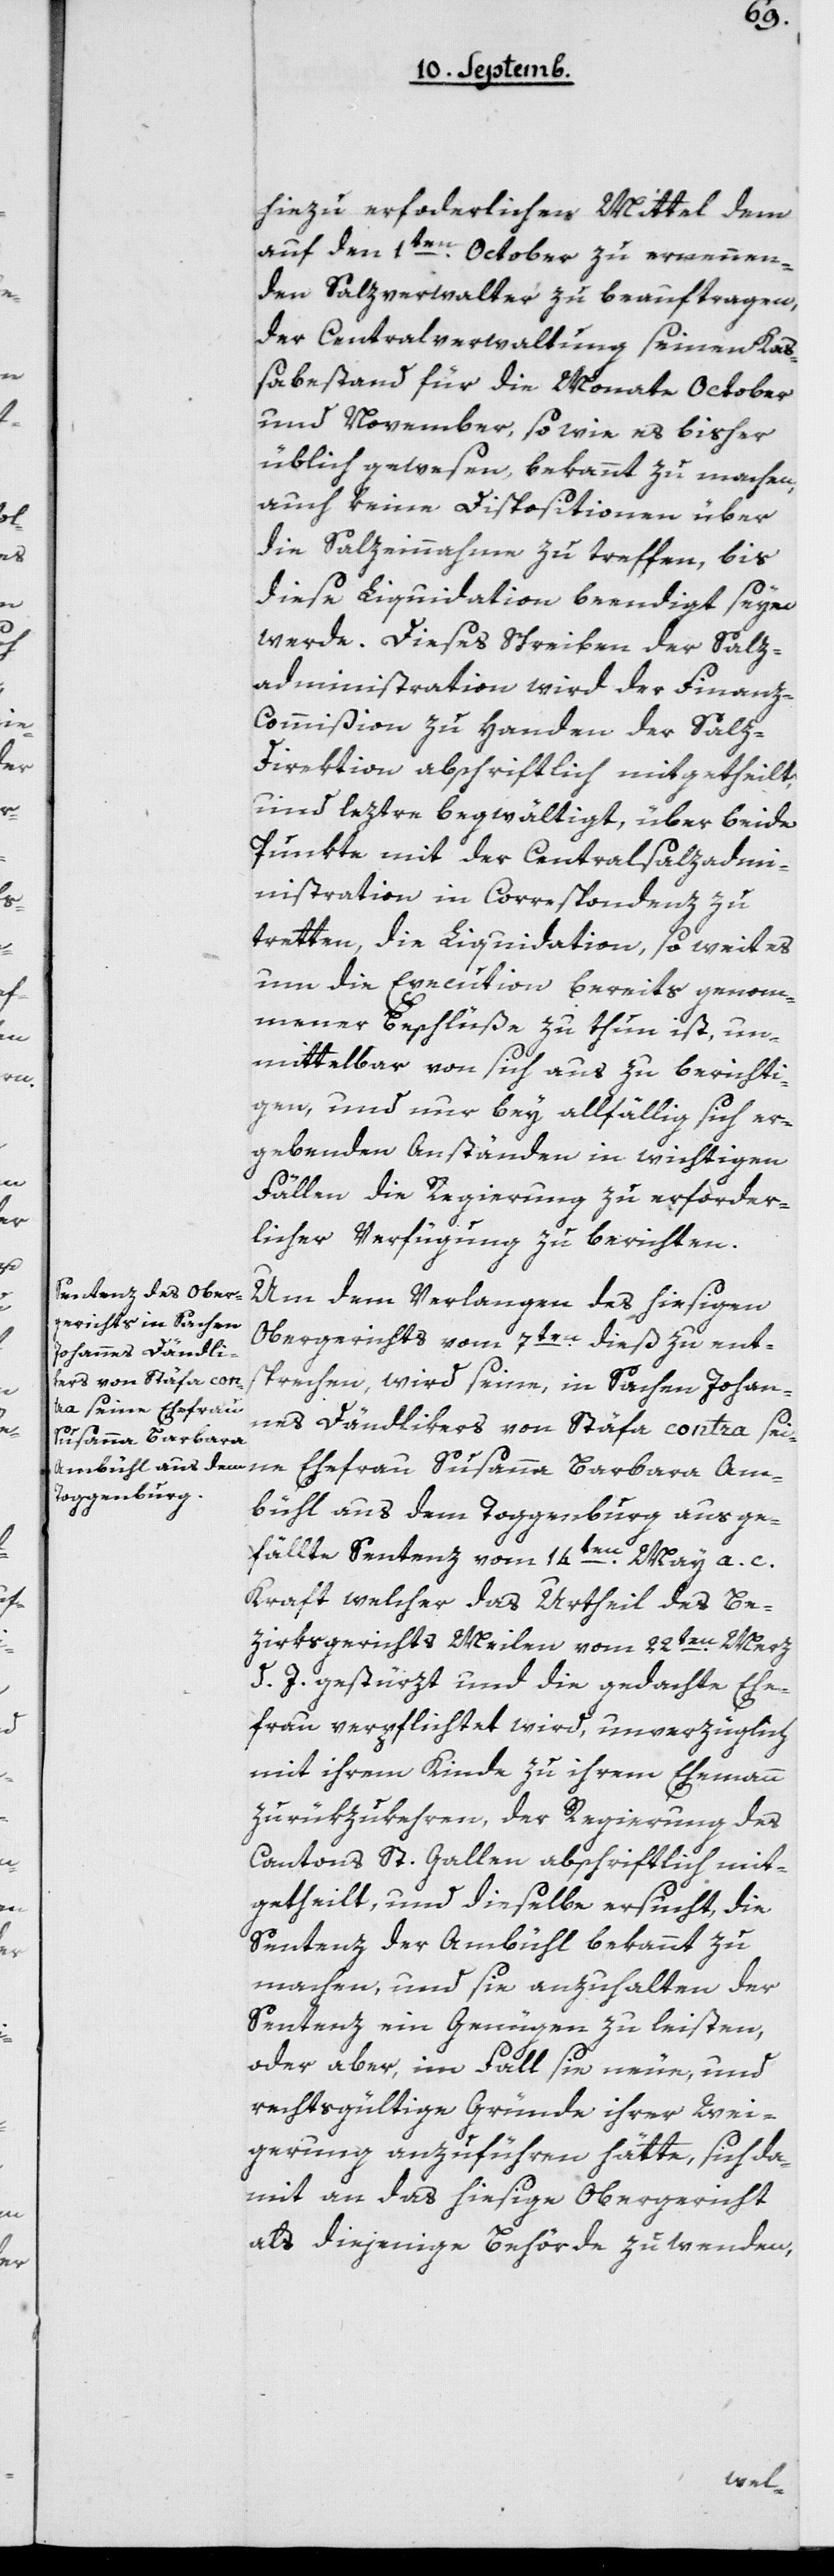
Am¬
hiezu erforderlichen Mittel dem
auf den 1ten October zu ernennen¬
den Salzverwalter zu beauftragen,
der Centralverwaltung seinen Kas¬
sabestand für die Monate October
und November, sowie es bisher
üblich gewesen, bekannt zu machen,
auch keine Dispositionen über
die Salzeinnahmen zu treffen, bis
diese Liquidation beendigt seyn
werde. Dieses Schreiben der Salz¬
administration wird der Finan¬
z-Commißion zu Handen der Sal¬
z-Direktion abschriftlich mitgetheilt,
und leztre begwältigt, über beide
Punkte mit der Centralsalzadm¬
inistration in Correspondenz zu
tretten, die Liquidation, so weit es
um die Execution bereits genom¬
mener Beschlüße zu thun ist, un¬
mittelbar von sich aus zu berichti¬
gen, und nur bey allfällig sich er¬
gebenden Anständen in wichtigen
Fällen die Regierung zu erforder¬
licher Verfügung zu berichten.
Um dem Verlangen des hiesigen
Obergerichts vom 7ten dieß zu ent¬
sprechen, wird seine, in Sachen Johan¬
nes Dändlikers von Stäfa contra seine
Susanna Barbara
bühl aus dem Toggenburg ausge¬
fällte Sentenz vom 14ten May a. c.,
kraft welcher das Urtheil des Be¬
zirksgerichts Meilen vom 22ten Merz
d. J. gestürzt und die gedachte Ehe¬
frau verpflichtet wird, unverzüglich
mit ihrem Kinde zu ihrem Ehemann
zurükzukehren, der Regierung des
Kantons St. Gallen abschriftlich mi¬
getheilt, und dieselbe ersucht, die
Sentenz der Ambühl bekannt zu
machen, und sie anzuhalten, der
Sentenz ein Genügen zu leisten,
oder aber, im Fall sie neue, und
rechtsgültige Gründe ihrer Wei¬
gerung anzuführen hätte, sich da¬
mit an das hiesige Obergericht
als diejenige Behörde zu wenden,